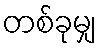
တစ်ခုမျှ